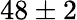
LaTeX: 48\pm 2